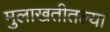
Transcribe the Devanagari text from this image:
मुलाखतीतल्या